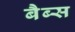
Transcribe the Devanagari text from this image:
बैब्स